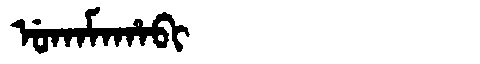
Manchu: ᡠᡴᠠᠮᠠᡥᠠᠪᡳ
Romanization: UKAMAHABI